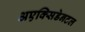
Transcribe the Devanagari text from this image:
अएक्सिडेनटल